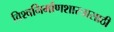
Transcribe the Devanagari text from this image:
विश्वनिर्माणशास्त्रासाठी